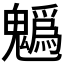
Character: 𩴞